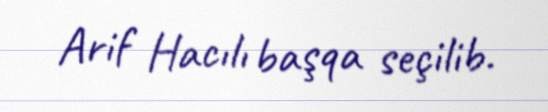
Arif Hacılı başqa seçilib.